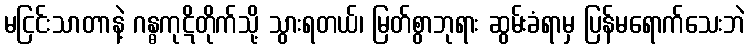
မငြင်းသာတာနဲ့ ဂန္ဓကုဋိတိုက်သို့ သွားရတယ်၊ မြတ်စွာဘုရား ဆွမ်းခံရာမှ ပြန်မရောက်သေးဘဲ